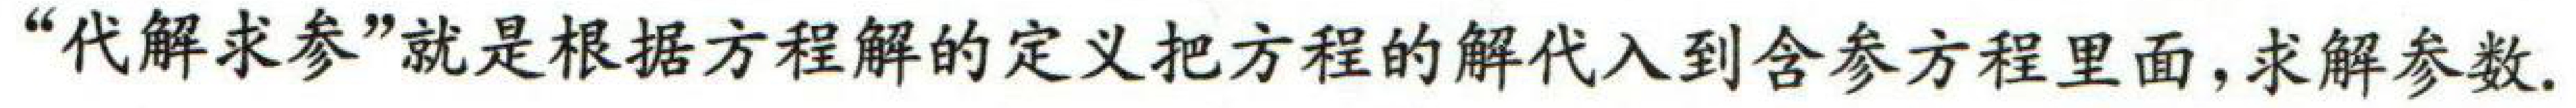
“代解求参”就是根据方程解的定义把方程的解代入到含参方程里面,求解参数.